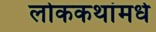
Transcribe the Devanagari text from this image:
लोककथांमधे